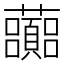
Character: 虈